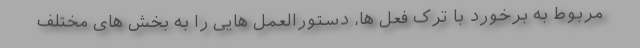
مربوط به برخورد با ترک فعل ها، دستورالعمل هایی را به بخش های مختلف